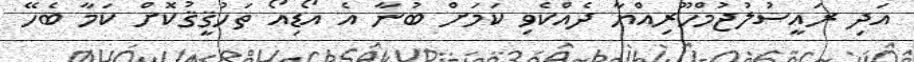
އަދި ރައީސުލުޖުމްހޫރިއްޔާ ދެއްކެވި ކަމަށް ބުނާ އެ އޯޑިއޯ ތަހުޤީޤުކޮށް ކަމާ ބެހޭ